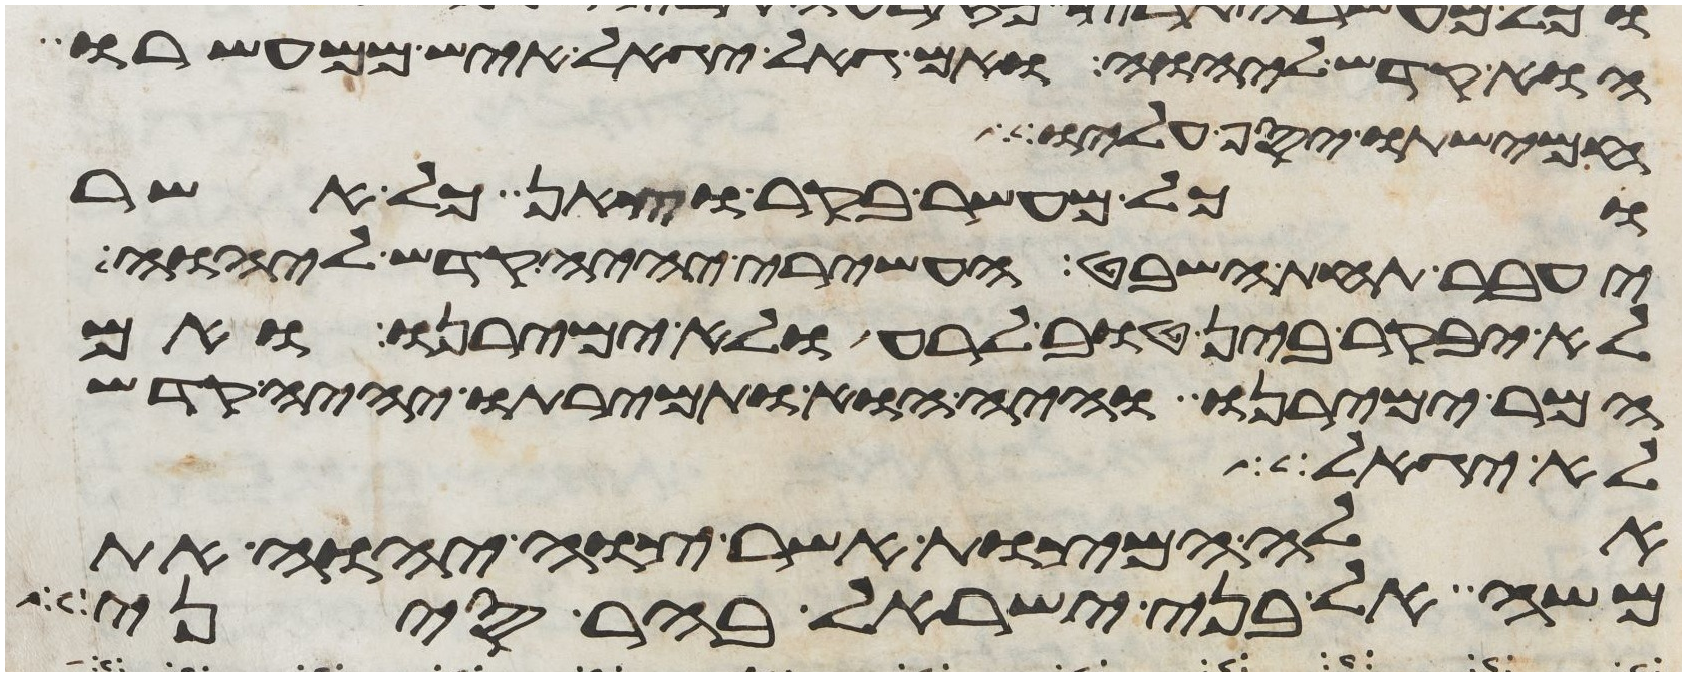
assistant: הוא קדש ליהוה ואם גאל יגאל איש ממעשרו
חמישתו יסף עליו
וכל מעשר בקר וצאן כל אשר
יעבר תחת השבט העשירי יהיה קדש ליהוה
לא יבקר בין טוב לרע ולא ימירנו ואם
המר ימירנו והיה הוא ותמירתו יהיה קדש
לא יגאל
אלה המצות אשר צוה יהוה את
משה אל בני ישראל בהר סיני